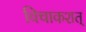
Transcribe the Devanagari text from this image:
विचाकशत्